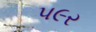
પ૯ર